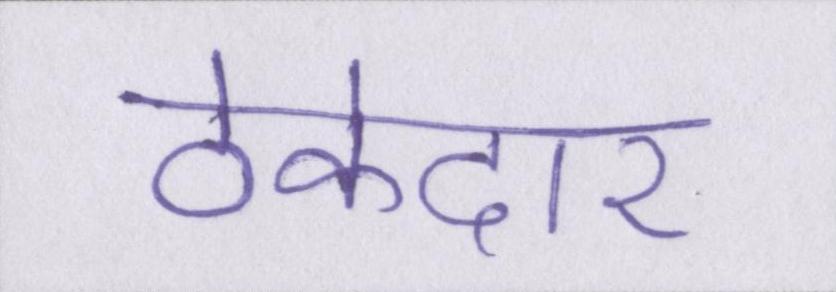
ठेकेदार